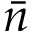
\bar { n }